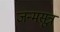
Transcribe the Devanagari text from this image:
जन्मसूत्र